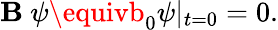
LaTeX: \mathbf{B}\ \psi\equivb_{0}\psi\vert_{t=0}=0.